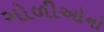
ગોળીઓનો